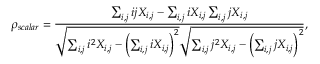
\rho _ { s c a l a r } = \frac { \sum _ { i , j } i j X _ { i , j } - \sum _ { i , j } i X _ { i , j } \sum _ { i , j } j X _ { i , j } } { \sqrt { \sum _ { i , j } i ^ { 2 } X _ { i , j } - \left( \sum _ { i , j } i X _ { i , j } \right) ^ { 2 } } \sqrt { \sum _ { i , j } j ^ { 2 } X _ { i , j } - \left( \sum _ { i , j } j X _ { i , j } \right) ^ { 2 } } } ,